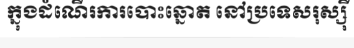
ក្នុងដំណើរការបោះឆ្នោត នៅប្រទេសរុស្ស៉ី